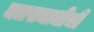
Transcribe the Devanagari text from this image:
जलसमाधीची